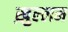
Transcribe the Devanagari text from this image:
ख़ुल्लम